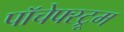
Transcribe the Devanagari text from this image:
पॉचेफ्स्ट्रूम